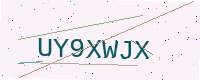
Text: UY9XWJX